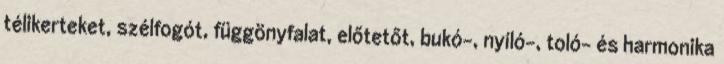
télikerteket, szélfogót, függönyfalat, előtetőt, bukó-, nyíló-, toló- és harmonika